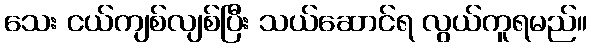
သေး ငယ်ကျစ်လျစ်ပြီး သယ်ဆောင်ရ လွယ်ကူရမည်။